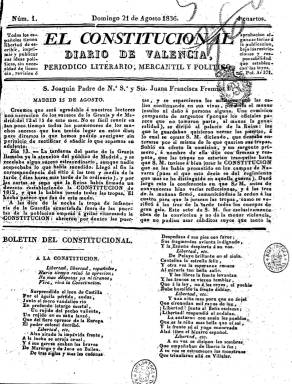
Título: El Constitucional (Valencia)
Colección: Periódicos anteriores a 1850
Ámbito geográfico: Valencia
Lugar de publicación: Valencia
Fechas: 21/08/1836-31/08/1836

Publica su primer número el 21 de agosto de 1836, con el subtítulo “Diario de Valencia: periódico literario, mercantil y político”, a los pocos días de producirse el motín de los sargentos de La Granja que obligarán a la Reina regente María Cristina a nombrar un gobierno progresista presidido por José María Calatrava (1781-1846), cuyo ministro de Hacienda será Juan Álvarez Mendizábal (1790-1853). Aparece con la vigencia por tercera vez de la Constitución de 1812, en sustitución del reciente Estatuto Real de 1834. Uno de los elementos identificativos de este periódico, adscrito al progresismo, será reproducir en su cabecera el artículo 37 relativo a la libertad de imprenta del texto gaditano.

Se le atribuye la dirección del diario, y probablemente la mayor parte su redacción, al novelista e historiador Estanislao de Kotska Vayo (1804-1864) –con distintas denominaciones para sus apellidos en la bibliografía de referencia: Kotsca, Kosca, Cosca o Bayo-, quien ya había ejercido el periodismo en Diario de Valencia y se había exiliado tras el Trienio Liberal (1820-123).

Será un periódico con las mismas características formales que sus coetáneos, en entregas de cuatro páginas, compuestas a dos columnas, y estampadas en la Imprenta de Gimeno. Bajo su cabecera dará cuenta del santoral del día y de las salidas y entradas de los correos. Publica crónicas de actualidad de los acontecimientos políticos que se están produciendo desde ese verano en Valencia, Madrid y otras parte de España; noticias oficiales y despachos sobre la guerra carlista (en esos momentos el general Miguel Gómez Damas está llevando a cabo su expedición) y otras normas emanadas del gobierno. También publica noticias del extranjero, utilizando como fuente los periódicos de varios países.

Asimismo empieza publicando, a modo de folletín en la parte inferior de su primera plana, bajo el epígrafe Boletín constitucional, un texto en verso encomiando el espíritu constitucional, que reproduce de su correligionario diario madrileño El Eco del comercio (1834-1849), de Fermín Caballero (1800-1876), para a continuación insertar en el mismo otros textos literarios que reproduce de otras publicaciones, incluso extranjeras, o les fueron remitidos. Insertará también las órdenes de la plaza de Valencia y otras noticias locales y de la provincia, como el movimiento portuario (salida y entrada de buques), el bibliográfico (venta de libros) o sobre los espectáculos teatrales.

En sus crónicas y artículos de opinión no le faltarán, sin embargo, elogios a la Regente, llegando a calificarla como “la libertadora de España”, además de ofrecer recomendaciones políticas al Partido Progresista en el poder, con el que ideológicamente se identifica. Asimismo, publica algún comunicado remitido (cartas de los suscriptores).

La colección de este título en la Biblioteca Nacional de España contiene también un Apéndice al Constitucional, número 2, correspondiente al 22 de agosto, a modo de segunda edición, que incluye noticias de última hora del día. La última entrega de esta colección es la número 11, del 31 de agosto de 1836, pero siguió publicándose hasta la número 63, de 22 de octubre de ese mismo año, en donde al final se indica la decisión de suspender la publicación.

Referencias bibliográficas sobre la prensa valenciana son los trabajos de Luis Tramoyeres Blasco, Antonio Laguna Platero o Jaume Guillamet, entre otros.